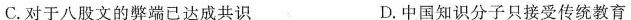
C.对于八股文的弊端已达成共识 D.中国知识分子只接受传统教育